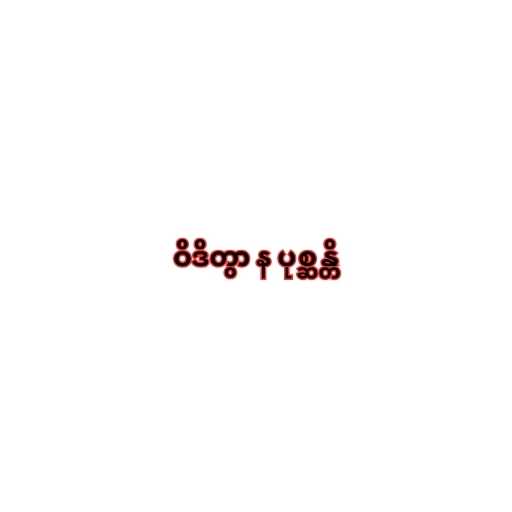
ဝိဒိတွာ န ပုစ္ဆန္တိ